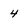
Character: 4